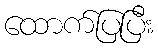
ထောက်ပြပြီး